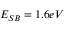
E _ { S B } = 1 . 6 e V